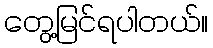
တွေ့မြင်ရပါတယ်။